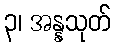
၃၊ အန္နသုတ်